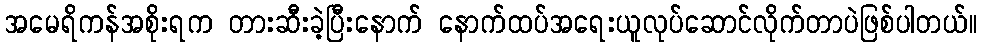
အမေရိကန်အစိုးရက တားဆီးခဲ့ပြီးနောက် နောက်ထပ်အရေးယူလုပ်ဆောင်လိုက်တာပဲဖြစ်ပါတယ်။